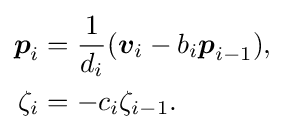
{\begin{aligned}{\boldsymbol {p}}_{i}&={\frac {1}{d_{i}}}({\boldsymbol {v}}_{i}-b_{i}{\boldsymbol {p}}_{i-1}){\text{,}}\\\zeta _{i}&=-c_{i}\zeta _{i-1}{\text{.}}\end{aligned}}